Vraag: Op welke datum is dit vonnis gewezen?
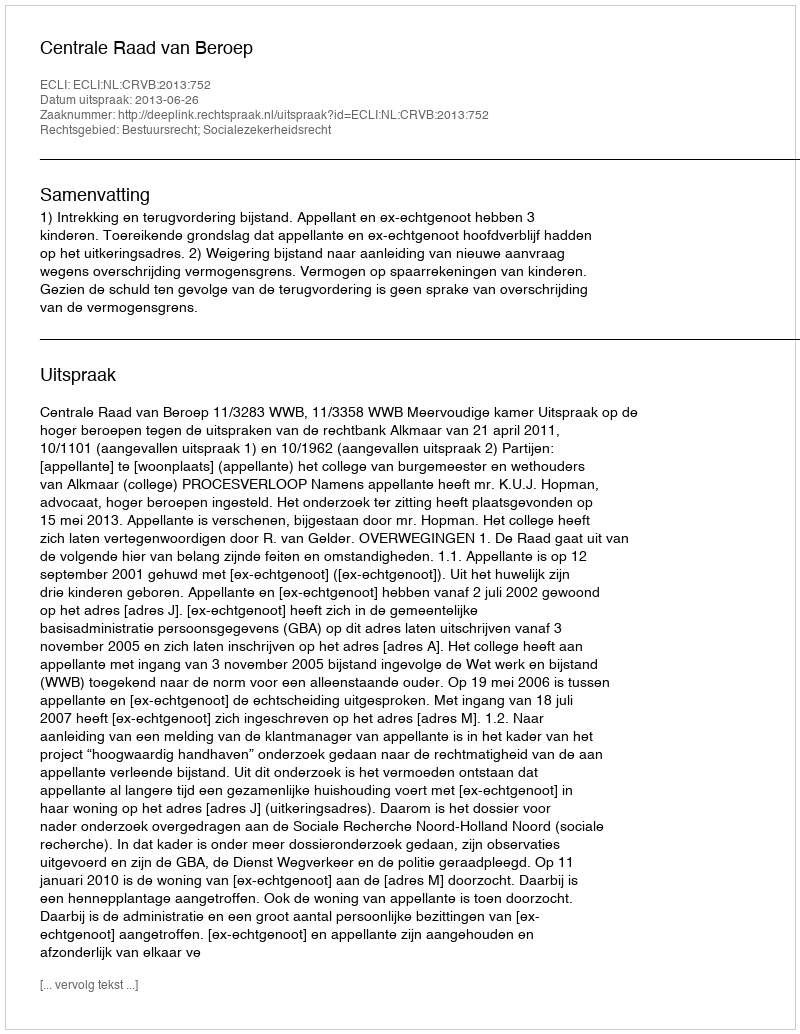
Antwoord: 2013-06-26